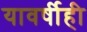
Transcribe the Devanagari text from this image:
यावर्षीही